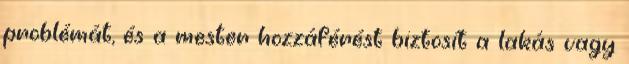
problémát, és a mester hozzáférést biztosít a lakás vagy